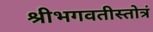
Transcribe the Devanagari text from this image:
श्रीभगवतीस्तोत्रं